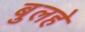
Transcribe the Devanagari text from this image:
बुलहे